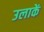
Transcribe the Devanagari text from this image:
उलाकें